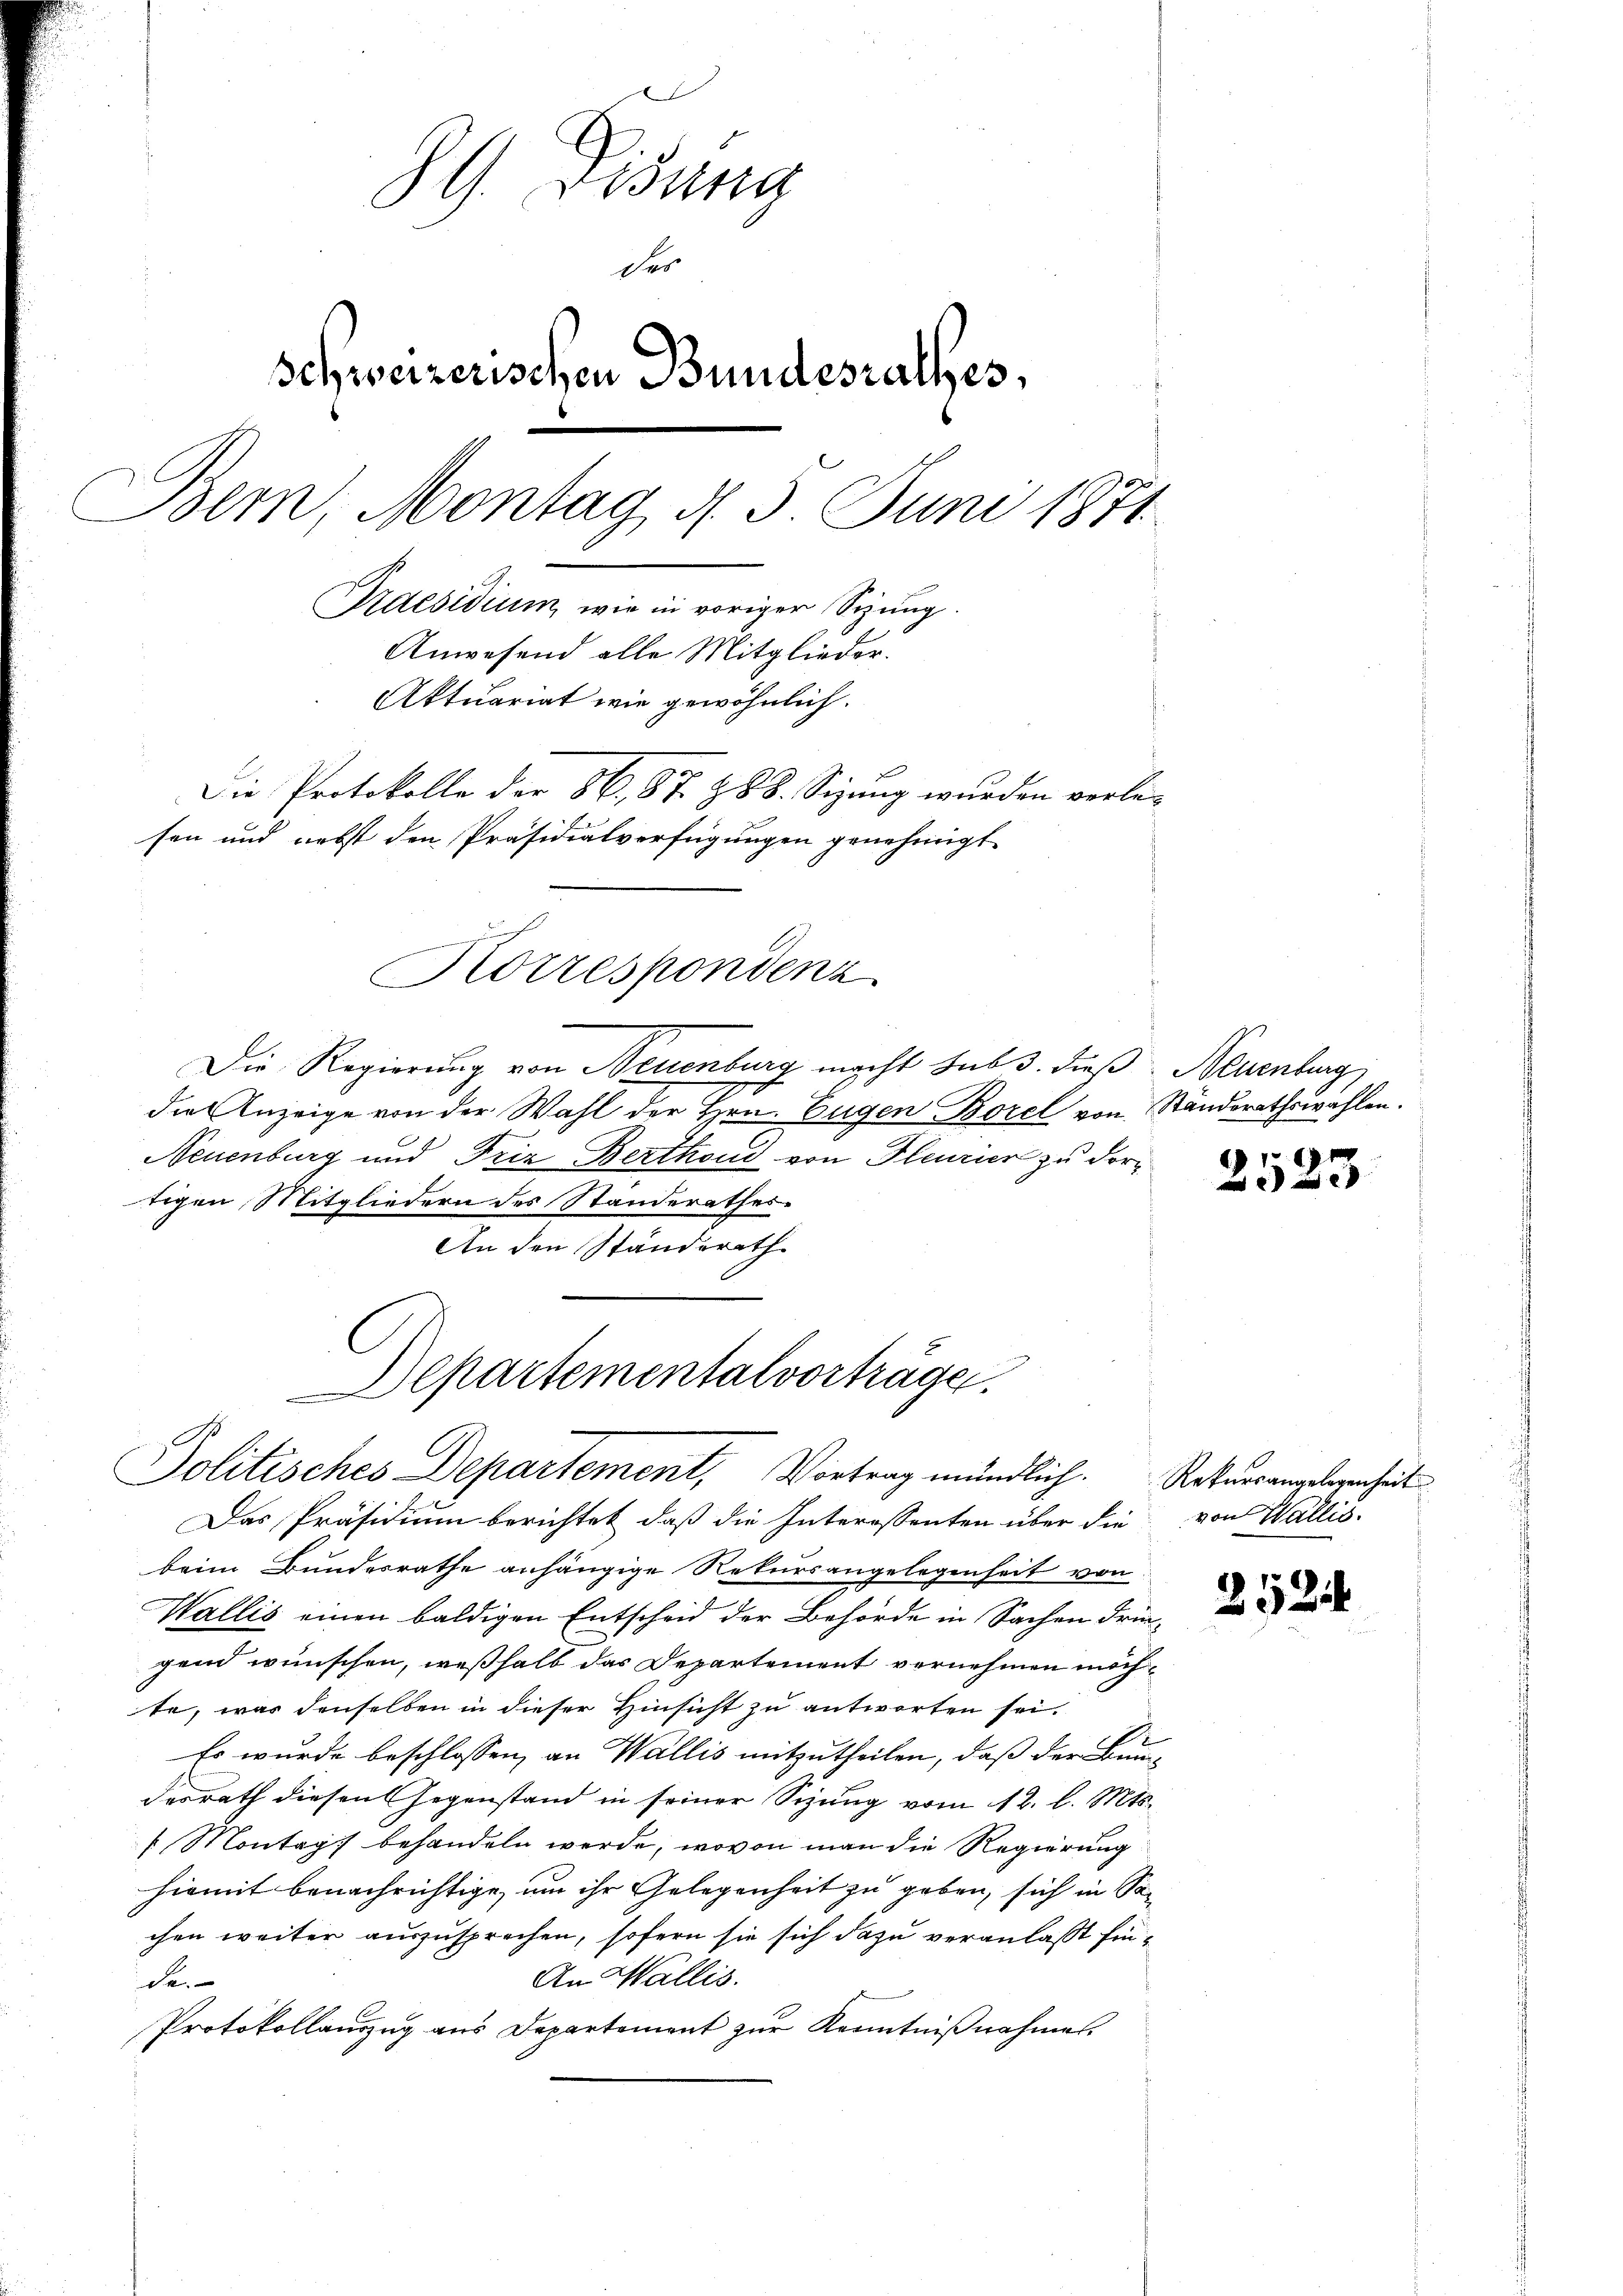
G. Gesung
der
schweizerischen Bundesrathes,
dem, Montag d. 3. Juni 1871
Praesidium, wie in voriger Sizung.
Anwesend alle Mitglieder.
Aktuariat wie gewöhnlich.
Die Protokolle der 56. 87. 288. Sizung wurden verle-
sen und nebst den Präsidialverfügungen genehmigt
geendigen
Korrespondenz

Die Regierung von Neuenburg macht sub 3. dieß
die Anzeige von der Wahl der Hrn. Eugen Borel von Ständerathswahlen.
Neuenburg und Friz Berthoud von Pleurier zu dortigen Mitgliedern des Standerathes.
An den Ständerath

Departementalvorträge.
Politisches Departement, Vortrag mündlich. Rekursangelegenheit

Das Präsidium berichtet, daß die Interessenten über die
beim Bundesrathe anhängige Rekursangelegenheit von
Wallis einen baldigen Entscheid der Behörde in Sachen dringend wünschen, weßhalb das Departement vernehmen möchte, was denselben in dieser Hinsicht zu antworten sei.
Es wurde beschlossen, an Wallis mitzutheilen, daß der Bun-
desrath diesen Gegenstand in seiner Sizung vom 12. l. Mts.
1 Montags behandeln werde, wovon man die Regierung
hiemit benachrichtige, um ihr Gelegenheit zu geben, sich in Sachen weiter auszusprechen, sofern sie sich dazu veranlaßt hin¬
An Wallis.
da.
Protokollauszug aus Departement zur Kenntnißnahmes.

Neuenburg

19

von Wallis.

2524